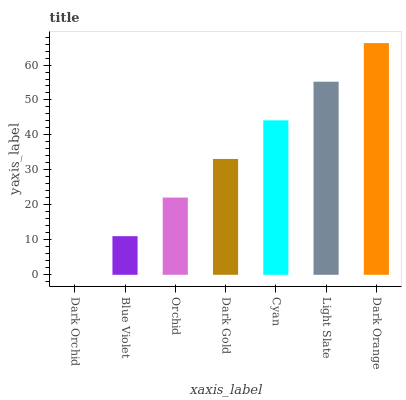
| xaxis_label | bars |
 | --- | --- |
 | Dark Orchid | 0 |
 | Blue Violet | 11 |
 | Orchid | 22.1 |
 | Dark Gold | 33.1 |
 | Cyan | 44.2 |
 | Light Slate | 55.2 |
 | Dark Orange | 66.3 |